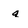
Character: q